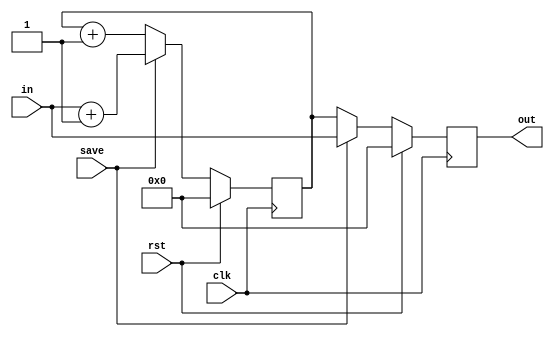
module TC_Counter (clk, rst, save, in, out);
    parameter UUID = 0;
    parameter NAME = "";
    parameter BIT_WIDTH = 8;
    parameter count = 1;
    input clk;
    input rst;
    input save;
    input [BIT_WIDTH-1:0] in;
    output reg [BIT_WIDTH-1:0] out;
    
    reg [BIT_WIDTH-1:0] value;
    
    initial begin
        out = {BIT_WIDTH{1'b0}};
        value = {BIT_WIDTH{1'b0}};
    end
    
    always @ (posedge clk) begin
        if (rst) begin
            out <= {BIT_WIDTH{1'b0}};
            value <= {BIT_WIDTH{1'b0}};
        end else begin
            if (save) begin
                out <= in;
                value <= in + count;
            end else begin
                out <= value;
                value <= value + count;
            end
        end
    end
endmodule